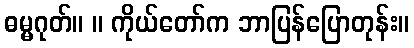
ဓမ္မဂုတ်။ ။ ကိုယ်တော်က ဘာပြန်ပြောတုန်း။